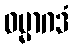
ဓမ္မာဂဒံ